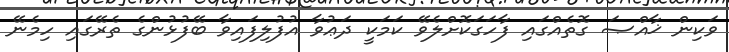
ވަކިން ޚާއްޞަ ގޮތެއްގައި ފާހަގަކޮށްލެވޭ ކަމަކީ ދަޢުވާ އުފުލިފައިވާ ބޭފުޅުންގެ ތެރޭގައި ހިމެނޭ